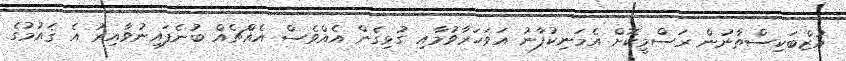
އުޒްބަކިސްތާނުން ރަސްމީކޮށް އެމަނިކުފާނު އަވަހަރާވުމާއި ގުޅިގެން އެއްވެސް އެއްޗެއް ބުނެފައިނުވާއިރު އެ ޤައުމުގެ